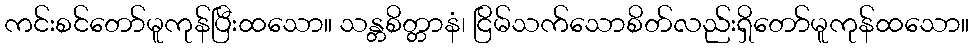
ကင်းစင်တော်မူကုန်ပြီးထသော။ သန္တစိတ္တာနံ၊ ငြိမ်သက်သောစိတ်လည်းရှိတော်မူကုန်ထသော။